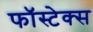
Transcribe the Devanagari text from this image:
फॉस्टेक्स